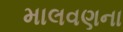
માલવણના